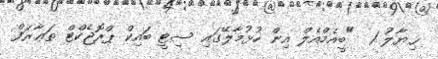
ޚިޔާލު 1  "ބީއެމްއެލް އިން ހުޅުމާލޭގައި ސިޓީ ބައިކް ޕްރޮޖެކްޓް ތަޢާރަފް